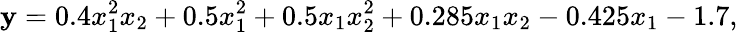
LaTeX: \mathbf{y}=0.4x_{1}^{2}x_{2}+0.5x_{1}^{2}+0.5x_{1}x_{2}^{2}+0.285x_{1}x_{2}-0.425x_{1}-1.7,